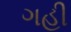
ગહી